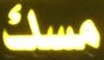
مسك